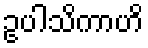
ဥပါသိကာဟိ